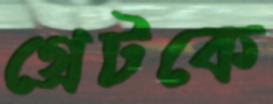
গ্রেটকে